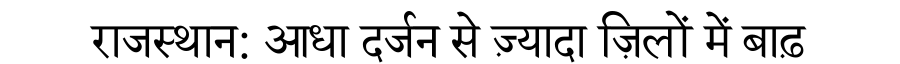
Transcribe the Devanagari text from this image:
राजस्थान: आधा दर्जन से ज़्यादा ज़िलों में बाढ़